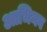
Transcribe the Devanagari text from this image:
आभिनव